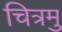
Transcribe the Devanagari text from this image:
चित्रमु